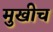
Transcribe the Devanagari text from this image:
मुखीच